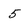
Character: 5